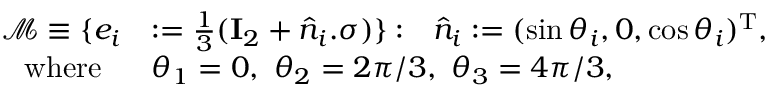
\begin{array} { r l } { \mathcal { M } \equiv \{ e _ { i } } & { : = \frac { 1 } { 3 } ( \mathbf { I } _ { 2 } + \hat { n } _ { i } . \sigma ) \} : ~ ~ \hat { n } _ { i } : = ( \sin \theta _ { i } , 0 , \cos \theta _ { i } ) ^ { \mathrm { T } } , } \\ { \mathrm { w h e r e } ~ ~ } & { \theta _ { 1 } = 0 , ~ \theta _ { 2 } = 2 \pi / 3 , ~ \theta _ { 3 } = 4 \pi / 3 , } \end{array}